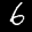
Label: 6